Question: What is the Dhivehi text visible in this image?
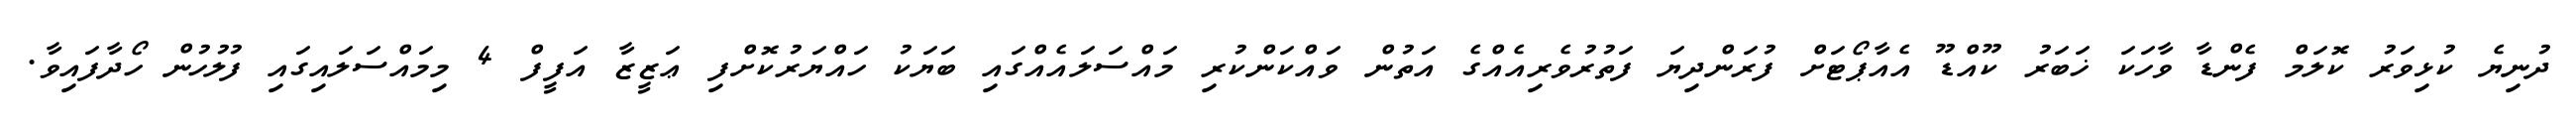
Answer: ދުނިޔެ ކުޅިވަރު ކޮލަމް ފެންޑާ ވާހަކަ ޚަބަރު ކޫއްޑޫ އެއާޕޯޓަށް ފުރަންދިޔަ ފަތުރުވެރިއެއްގެ އަތުން ވައްކަންކުރި މައްސަލައެއްގައި ބަޔަކު ހައްޔަރުކޮށްފި ޢަޒީޒާ އަފީފް 4 މިމައްސަލައިގައި ފުލުހުން ހޯދާފައިވާ.